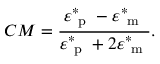
C M = \frac { \varepsilon _ { \mathrm { ~ p ~ } } ^ { * } - \varepsilon _ { \mathrm { ~ m ~ } } ^ { * } } { \varepsilon _ { \mathrm { ~ p ~ } } ^ { * } + 2 \varepsilon _ { \mathrm { ~ m ~ } } ^ { * } } .